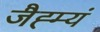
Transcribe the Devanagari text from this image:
जैह्म्यं